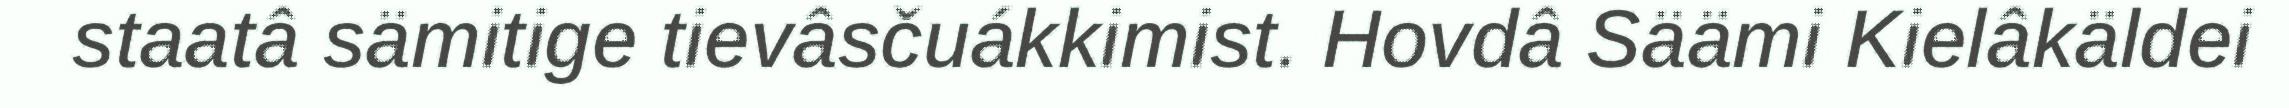
staatâ sämitige tievâsčuákkimist. Hovdâ Säämi Kielâkäldei